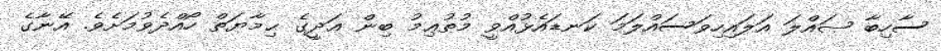
ސާހިބާ ޞައްލަ އަލައިހިވަސައްލަމަ ކަނޑައެޅުއްވީ މުޠުޢިމު ބިން ޢަދީގެ ޙިމާޔަތް ހޯއްދެވުމަށެވެ. އޭނާގެ